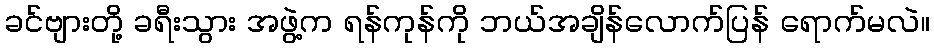
ခင်ဗျားတို့ ခရီးသွား အဖွဲ့က ရန်ကုန်ကို ဘယ်အချိန်လောက်ပြန် ရောက်မလဲ။